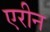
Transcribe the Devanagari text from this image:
एरीन